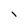
Character: I